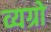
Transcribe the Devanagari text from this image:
व्यग्रो